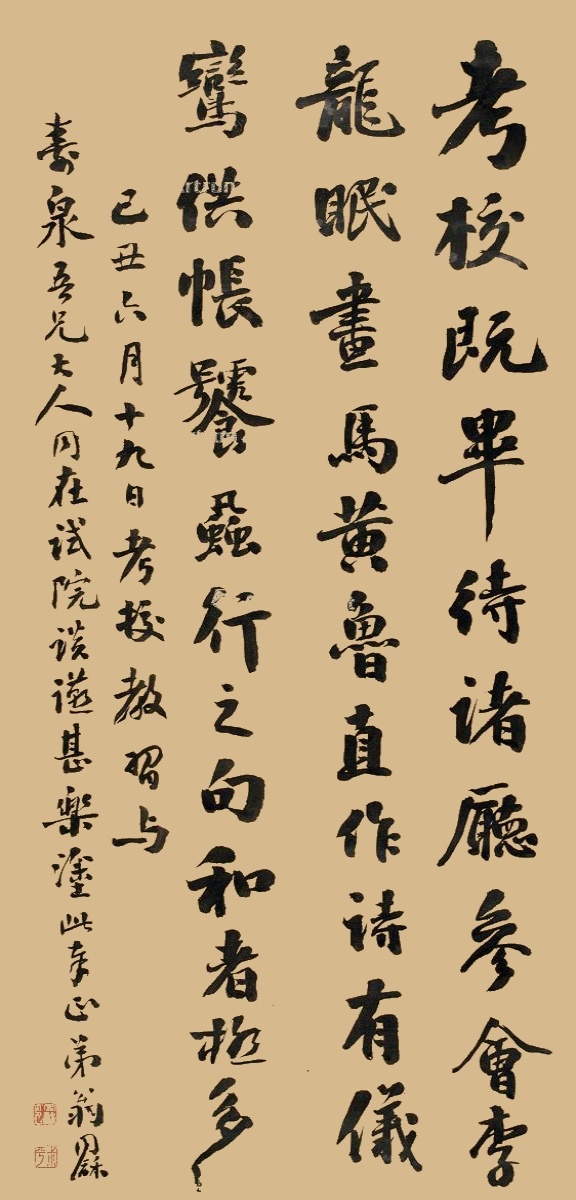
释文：考校既毕，待诸厅参会，李龙眠画马，黄鲁直作诗，有仪鸾供饕虱行之句，和者极多。己丑六月十九日考校教习，与寿泉吾兄大人同在试院谈燕甚乐，涂此奉正，弟翁同龢。